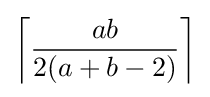
\left\lceil {\frac {ab}{2(a+b-2)}}\right\rceil